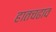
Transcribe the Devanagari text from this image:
हातचढाव